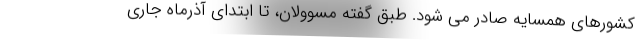
کشورهای همسایه صادر می شود. طبق گفته مسوولان، تا ابتدای آذرماه جاری